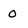
Character: 0